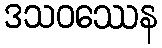
ဒသဝဿေန